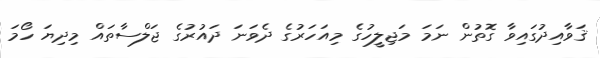
ޤަވާއިދުގައިވާ ގޮތުން ނަމަ މަޖިލީހުގެ މިއަހަރުގެ ދެވަނަ ދައުރުގެ ޖަލްސާތައް މިދިޔަ ހޯމަ